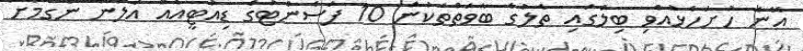
އޭނާ ހުށަހެޅުއްވި ބިލްގައި ތެލުގެ ބާވަތްތަކުން 10 ޕަސެންޓުގެ ޑިއުޓީއެއް އަލުން ނެގުމަށް